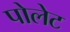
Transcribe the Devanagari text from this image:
पोलेट